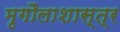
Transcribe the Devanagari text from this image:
मृगौलाशास्त्र